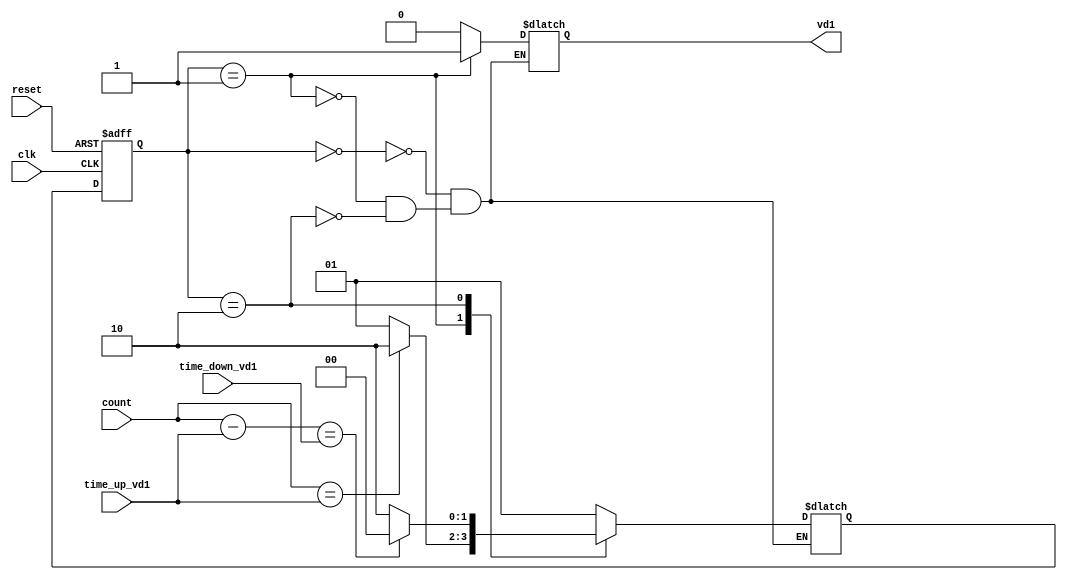

//
// Signal 1 FSM VD1
//
module vd1_fsm (clk, reset, count, time_up_vd1, time_down_vd1, vd1);
	input clk, reset;
	input [11:0] count;
	input [11:0] time_up_vd1, time_down_vd1;
	output reg vd1;
	reg [1:0] state;
	reg [1:0] next_state;
	//reg [9:0] time_up_vd1, time_down_vd1;
	
	parameter IDLE = 2'b00; parameter INITIAL_STATE = 2'b01; parameter FINAL_STATE = 2'b10;

	initial begin
		state = 2'b00;
	//	time_up_vd1 = 1000; //10us equals to 1000 counts of 10ns (10MHz)
	//	time_down = 2000; //20 us
	end
	
	always @(posedge clk or posedge reset)
	begin
		if (reset) state <= IDLE;
		else state <= next_state;
	end
	
	//Comparar entre counter y time_up/time_down, si counter alcanza valor
	//de time_up/time_down -> pasa a siguiente etapa

	always @(state or count)
	begin
		case (state)
			IDLE:		next_state = INITIAL_STATE;

			INITIAL_STATE:	if (count==time_up_vd1)
						next_state = FINAL_STATE;
					else
						next_state = INITIAL_STATE;

			FINAL_STATE: 	if ((count-time_up_vd1)==time_down_vd1)
						next_state = IDLE;
					else 
						next_state = FINAL_STATE;
		endcase
	end
	
	always @(state)
	begin
		case (state)
			IDLE: 		begin
					vd1 = 1'b0;
					end
							
			INITIAL_STATE:	begin
					vd1 = 1'b1;
					end
					
			FINAL_STATE:	begin
					vd1 = 1'b0;
					end
		endcase
	end

endmodule


//
// Signal 2 FSM VD2
//
module vd2_fsm (clk, reset, count, time_up_vd2, time_down_vd2, vd2);
	input clk, reset;
	input [11:0] count;
	input [11:0] time_up_vd2, time_down_vd2;
	output reg vd2;
	reg [1:0] state;
	reg [1:0] next_state;
	
	parameter IDLE = 2'b00; parameter INITIAL_STATE = 2'b01; parameter FINAL_STATE = 2'b10;

	initial begin
		state = 2'b00;
	end
	
	always @(posedge clk or posedge reset)
	begin
		if (reset) state <= IDLE;
		else state <= next_state;
	end
	
	//Comparar entre counter y time_up/time_down, si counter alcanza valor
	//de time_up/time_down -> pasa a siguiente etapa

	always @(state or count)
	begin
		case (state)
			IDLE:		next_state = INITIAL_STATE;

			INITIAL_STATE:	if (count==time_down_vd2)
						next_state = FINAL_STATE;
					else
						next_state = INITIAL_STATE;

			FINAL_STATE: 	if ((count-time_down_vd2)==time_up_vd2)
						next_state = IDLE;
					else 
						next_state = FINAL_STATE;
		endcase
	end
	
	always @(state)
	begin
		case (state)
			IDLE: 		begin
					vd2 = 1'b0;
					end
							
			INITIAL_STATE:	begin
					vd2 = 1'b0;
					end
					
			FINAL_STATE:	begin
					vd2 = 1'b1;
					end
		endcase
	end

endmodule

//
// Signal 3 FSM SW1
//
module sw1_fsm (clk, reset, count, time_up_sw1, time_down_sw1, sw1);
	input clk, reset;
	input [11:0] count;
	input [11:0] time_up_sw1, time_down_sw1;
	output reg sw1;
	reg [1:0] state;
	reg [1:0] next_state;
	
	parameter IDLE = 2'b00; parameter INITIAL_STATE = 2'b01; parameter FINAL_STATE = 2'b10;

	initial begin
		state = 2'b00;
	end
	
	always @(posedge clk or posedge reset)
	begin
		if (reset) state <= IDLE;
		else state <= next_state;
	end
	
	//Comparar entre counter y time_up/time_down, si counter alcanza valor
	//de time_up/time_down -> pasa a siguiente etapa

	always @(state or count)
	begin
		case (state)
			IDLE:		next_state = INITIAL_STATE;

			INITIAL_STATE:	if (count==time_up_sw1)
						next_state = FINAL_STATE;
					else
						next_state = INITIAL_STATE;

			FINAL_STATE: 	if ((count-time_up_sw1)==time_down_sw1)
						next_state = IDLE;
					else 
						next_state = FINAL_STATE;
		endcase
	end
	
	always @(state)
	begin
		case (state)
			IDLE: 		begin
					sw1 = 1'b0;
					end
							
			INITIAL_STATE:	begin
					sw1 = 1'b1;
					end
					
			FINAL_STATE:	begin
					sw1 = 1'b0;
					end
		endcase
	end

endmodule

//
// Signal 4 FSM SW2
//
module sw2_fsm (clk, reset, count, time_up_sw2, time_down_sw2, sw2);
	input clk, reset;
	input [11:0] count;
	input [11:0] time_up_sw2, time_down_sw2;
	output reg sw2;
	reg [1:0] state;
	reg [1:0] next_state;
	
	parameter IDLE = 2'b00; parameter INITIAL_STATE = 2'b01; parameter FINAL_STATE = 2'b10;

	initial begin
		state = 2'b00;
	end
	
	always @(posedge clk or posedge reset)
	begin
		if (reset) state <= IDLE;
		else state <= next_state;
	end
	
	//Comparar entre counter y time_up/time_down, si counter alcanza valor
	//de time_up/time_down -> pasa a siguiente etapa

	always @(state or count)
	begin
		case (state)
			IDLE:		next_state = INITIAL_STATE;

			INITIAL_STATE:	if (count==time_down_sw2)
						next_state = FINAL_STATE;
					else
						next_state = INITIAL_STATE;

			FINAL_STATE: 	if ((count-time_down_sw2)==time_up_sw2)
						next_state = IDLE;
					else 
						next_state = FINAL_STATE;
		endcase
	end
	
	always @(state)
	begin
		case (state)
			IDLE: 		begin
					sw2 = 1'b0;
					end
							
			INITIAL_STATE:	begin
					sw2 = 1'b0;
					end
					
			FINAL_STATE:	begin
					sw2 = 1'b1;
					end
		endcase
	end

endmodule

//
// Signal 5 FSM SH
//
module sh_fsm (clk, reset, count, time_up_sh, time_down_sh, sh);
	input clk, reset;
	input [11:0] count;
	input [11:0] time_up_sh, time_down_sh;
	output reg sh;
	reg [1:0] state;
	reg [1:0] next_state;
	
	parameter IDLE = 2'b00; parameter INITIAL_STATE = 2'b01; parameter FINAL_STATE = 2'b10;

	initial begin
		state = 2'b00;
	end
	
	always @(posedge clk or posedge reset)
	begin
		if (reset) state <= IDLE;
		else state <= next_state;
	end
	
	//Comparar entre counter y time_up/time_down, si counter alcanza valor
	//de time_up/time_down -> pasa a siguiente etapa

	always @(state or count)
	begin
		case (state)
			IDLE:		next_state = INITIAL_STATE;

			INITIAL_STATE:	if (count==time_down_sh)
						next_state = FINAL_STATE;
					else
						next_state = INITIAL_STATE;

			FINAL_STATE: 	if ((count-time_down_sh)==time_up_sh)
						next_state = IDLE;
					else 
						next_state = FINAL_STATE;
		endcase
	end
	
	always @(state)
	begin
		case (state)
			IDLE: 		begin
					sh = 1'b0;
					end
							
			INITIAL_STATE:	begin
					sh = 1'b0;
					end
					
			FINAL_STATE:	begin
					sh = 1'b1;
					end
		endcase
	end

endmodule

//
// Signal 6 FSM SH_CMP 
//
module sh_cmp_fsm (clk, reset, count, time_up_sh_cmp, time_down_sh_cmp, sh_cmp);
	input clk, reset;
	input [11:0] count;
	input [11:0] time_up_sh_cmp, time_down_sh_cmp;
	output reg sh_cmp;
	reg [1:0] state;
	reg [1:0] next_state;
	
	parameter IDLE = 2'b00; parameter INITIAL_STATE = 2'b01; parameter FINAL_STATE = 2'b10;

	initial begin
		state = 2'b00;
	end
	
	always @(posedge clk or posedge reset)
	begin
		if (reset) state <= IDLE;
		else state <= next_state;
	end
	
	//Comparar entre counter y time_up/time_down, si counter alcanza valor
	//de time_up/time_down -> pasa a siguiente etapa

	always @(state or count)
	begin
		case (state)
			IDLE:		next_state = INITIAL_STATE;

			INITIAL_STATE:	if (count==time_down_sh_cmp)
						next_state = FINAL_STATE;
					else
						next_state = INITIAL_STATE;

			FINAL_STATE: 	if ((count-time_down_sh_cmp)==time_up_sh_cmp)
						next_state = IDLE;
					else 
						next_state = FINAL_STATE;
		endcase
	end
	
	always @(state)
	begin
		case (state)
			IDLE: 		begin
					sh_cmp = 1'b0;
					end
							
			INITIAL_STATE:	begin
					sh_cmp = 1'b0;
					end
					
			FINAL_STATE:	begin
					sh_cmp = 1'b1;
					end
		endcase
	end

endmodule


//
// Signal 7 FSM SH_RST
//
module sh_reset_fsm (clk, reset, count, time_up_sh_reset, time_down_sh_reset, sh_reset);
	input clk, reset;
	input [11:0] count;
	input [11:0] time_up_sh_reset, time_down_sh_reset;
	output reg sh_reset;
	reg [1:0] state;
	reg [1:0] next_state;
	
	parameter IDLE = 2'b00; parameter INITIAL_STATE = 2'b01; parameter FINAL_STATE = 2'b10;

	initial begin
		state = 2'b00;
	end
	
	always @(posedge clk or posedge reset)
	begin
		if (reset) state <= IDLE;
		else state <= next_state;
	end
	
	//Comparar entre counter y time_up/time_down, si counter alcanza valor
	//de time_up/time_down -> pasa a siguiente etapa

	always @(state or count)
	begin
		case (state)
			IDLE:		next_state = INITIAL_STATE;

			INITIAL_STATE:	if (count==time_down_sh_reset)
						next_state = FINAL_STATE;
					else
						next_state = INITIAL_STATE;

			FINAL_STATE: 	if ((count-time_down_sh_reset)==time_up_sh_reset)
						next_state = IDLE;
					else 
						next_state = FINAL_STATE;
		endcase
	end
	
	always @(state)
	begin
		case (state)
			IDLE: 		begin
					sh_reset = 1'b0;
					end
							
			INITIAL_STATE:	begin
					sh_reset = 1'b0;
					end
					
			FINAL_STATE:	begin
					sh_reset = 1'b1;
					end
		endcase
	end

endmodule





//
// 12-bit Counter with Enable
//

module counter (clk, counter_reset, start, clr, q);
	input clk, counter_reset, start;
	output [11:0] q;
	input clr;
	reg [11:0] tmp;

	always @(posedge clk)
	begin
		if (counter_reset)
			tmp <= 12'b000000000000;

		else begin 
			if (clr) 
				tmp <= 12'b000000000000;
			else if (start)
				tmp <= tmp + 1;
		end

	end

	assign q = tmp;

endmodule